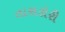
તારારોરી